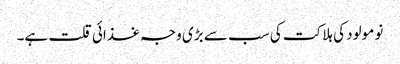
نو مولود کی ہلاکت کی سب سے بڑی وجہ غذائی قلت ہے۔